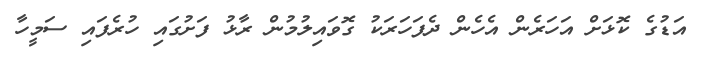
އަޑުގެ ކޮޅަށް އަހަރެން އެހެން ދެފަހަރަކު ގޮވައިލުމުން ރާޅު ފަށުގައި ހުރެފައި ސަމީހާ